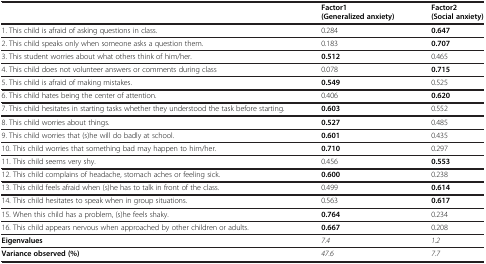
<table><thead><tr><td><b> </b></td><td><b>Factor1 (Generalized anxiety)</b></td><td><b>Factor2 (Social anxiety)</b></td></tr></thead><tbody><tr><td>1. This child is afraid of asking questions in class.</td><td>0.284</td><td><b>0.647</b></td></tr><tr><td>2. This child speaks only when someone asks a question them.</td><td>0.183</td><td><b>0.707</b></td></tr><tr><td>3. This student worries about what others think of him/her.</td><td><b>0.512</b></td><td>0.465</td></tr><tr><td>4. This child does not volunteer answers or comments during class</td><td>0.078</td><td><b>0.715</b></td></tr><tr><td>5. This child is afraid of making mistakes.</td><td><b>0.549</b></td><td>0.525</td></tr><tr><td>6. This child hates being the center of attention.</td><td>0.406</td><td><b>0.620</b></td></tr><tr><td>7. This child hesitates in starting tasks whether they understood the task before starting.</td><td><b>0.603</b></td><td>0.552</td></tr><tr><td>8. This child worries about things.</td><td><b>0.527</b></td><td>0.485</td></tr><tr><td>9. This child worries that (s)he will do badly at school.</td><td><b>0.601</b></td><td>0.435</td></tr><tr><td>10. This child worries that something bad may happen to him/her.</td><td><b>0.710</b></td><td>0.297</td></tr><tr><td>11. This child seems very shy.</td><td>0.456</td><td><b>0.553</b></td></tr><tr><td>12. This child complains of headache, stomach aches or feeling sick.</td><td><b>0.600</b></td><td>0.238</td></tr><tr><td>13. This child feels afraid when (s)he has to talk in front of the class.</td><td>0.499</td><td><b>0.614</b></td></tr><tr><td>14. This child hesitates to speak when in group situations.</td><td>0.563</td><td><b>0.617</b></td></tr><tr><td>15. When this child has a problem, (s)he feels shaky.</td><td><b>0.764</b></td><td>0.234</td></tr><tr><td>16. This child appears nervous when approached by other children or adults.</td><td><b>0.667</b></td><td>0.208</td></tr><tr><td><b>Eigenvalues</b></td><td><i>7.4</i></td><td><i>1.2</i></td></tr><tr><td><b>Variance observed (%)</b></td><td><i>47.6</i></td><td><i>7.7</i></td></tr></tbody></table>